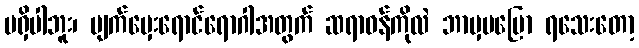
မရှိပါဘူး၊ မျက်မှေးရောင်ရောဂါအတွက် ဆရာဝန်ကိုလဲ ဘာမှမပြော ရသေးတော့